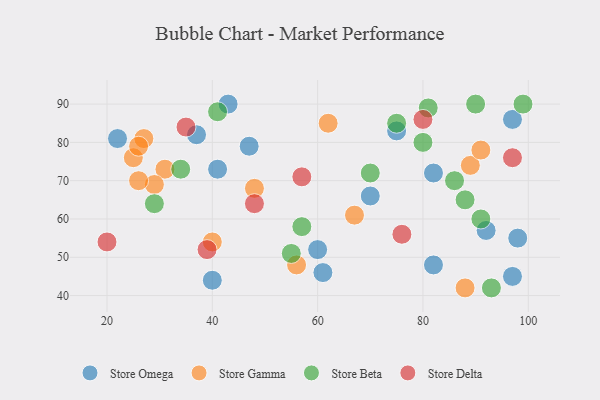
{"axis": {"x": "GDP", "y": "Life Expectancy"}, "legend": ["Store Beta", "Store Delta", "Store Gamma", "Store Omega"], "data": [{"x": "47", "y": 79, "type": "Store Omega"}, {"x": "82", "y": 72, "type": "Store Omega"}, {"x": "82", "y": 48, "type": "Store Omega"}, {"x": "61", "y": 46, "type": "Store Omega"}, {"x": "40", "y": 44, "type": "Store Omega"}, {"x": "97", "y": 45, "type": "Store Omega"}, {"x": "97", "y": 86, "type": "Store Omega"}, {"x": "60", "y": 52, "type": "Store Omega"}, {"x": "70", "y": 66, "type": "Store Omega"}, {"x": "98", "y": 55, "type": "Store Omega"}, {"x": "41", "y": 73, "type": "Store Omega"}, {"x": "22", "y": 81, "type": "Store Omega"}, {"x": "37", "y": 82, "type": "Store Omega"}, {"x": "43", "y": 90, "type": "Store Omega"}, {"x": "75", "y": 83, "type": "Store Omega"}, {"x": "92", "y": 57, "type": "Store Omega"}, {"x": "31", "y": 73, "type": "Store Gamma"}, {"x": "62", "y": 85, "type": "Store Gamma"}, {"x": "40", "y": 54, "type": "Store Gamma"}, {"x": "67", "y": 61, "type": "Store Gamma"}, {"x": "48", "y": 68, "type": "Store Gamma"}, {"x": "56", "y": 48, "type": "Store Gamma"}, {"x": "29", "y": 69, "type": "Store Gamma"}, {"x": "27", "y": 81, "type": "Store Gamma"}, {"x": "25", "y": 76, "type": "Store Gamma"}, {"x": "89", "y": 74, "type": "Store Gamma"}, {"x": "88", "y": 42, "type": "Store Gamma"}, {"x": "26", "y": 79, "type": "Store Gamma"}, {"x": "91", "y": 78, "type": "Store Gamma"}, {"x": "26", "y": 70, "type": "Store Gamma"}, {"x": "55", "y": 51, "type": "Store Beta"}, {"x": "81", "y": 89, "type": "Store Beta"}, {"x": "70", "y": 72, "type": "Store Beta"}, {"x": "80", "y": 80, "type": "Store Beta"}, {"x": "57", "y": 58, "type": "Store Beta"}, {"x": "86", "y": 70, "type": "Store Beta"}, {"x": "75", "y": 85, "type": "Store Beta"}, {"x": "99", "y": 90, "type": "Store Beta"}, {"x": "90", "y": 90, "type": "Store Beta"}, {"x": "88", "y": 65, "type": "Store Beta"}, {"x": "91", "y": 60, "type": "Store Beta"}, {"x": "41", "y": 88, "type": "Store Beta"}, {"x": "93", "y": 42, "type": "Store Beta"}, {"x": "34", "y": 73, "type": "Store Beta"}, {"x": "29", "y": 64, "type": "Store Beta"}, {"x": "80", "y": 86, "type": "Store Delta"}, {"x": "57", "y": 71, "type": "Store Delta"}, {"x": "35", "y": 84, "type": "Store Delta"}, {"x": "76", "y": 56, "type": "Store Delta"}, {"x": "97", "y": 76, "type": "Store Delta"}, {"x": "20", "y": 54, "type": "Store Delta"}, {"x": "39", "y": 52, "type": "Store Delta"}, {"x": "48", "y": 64, "type": "Store Delta"}]}